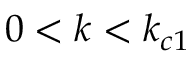
0 < k < k _ { c 1 }